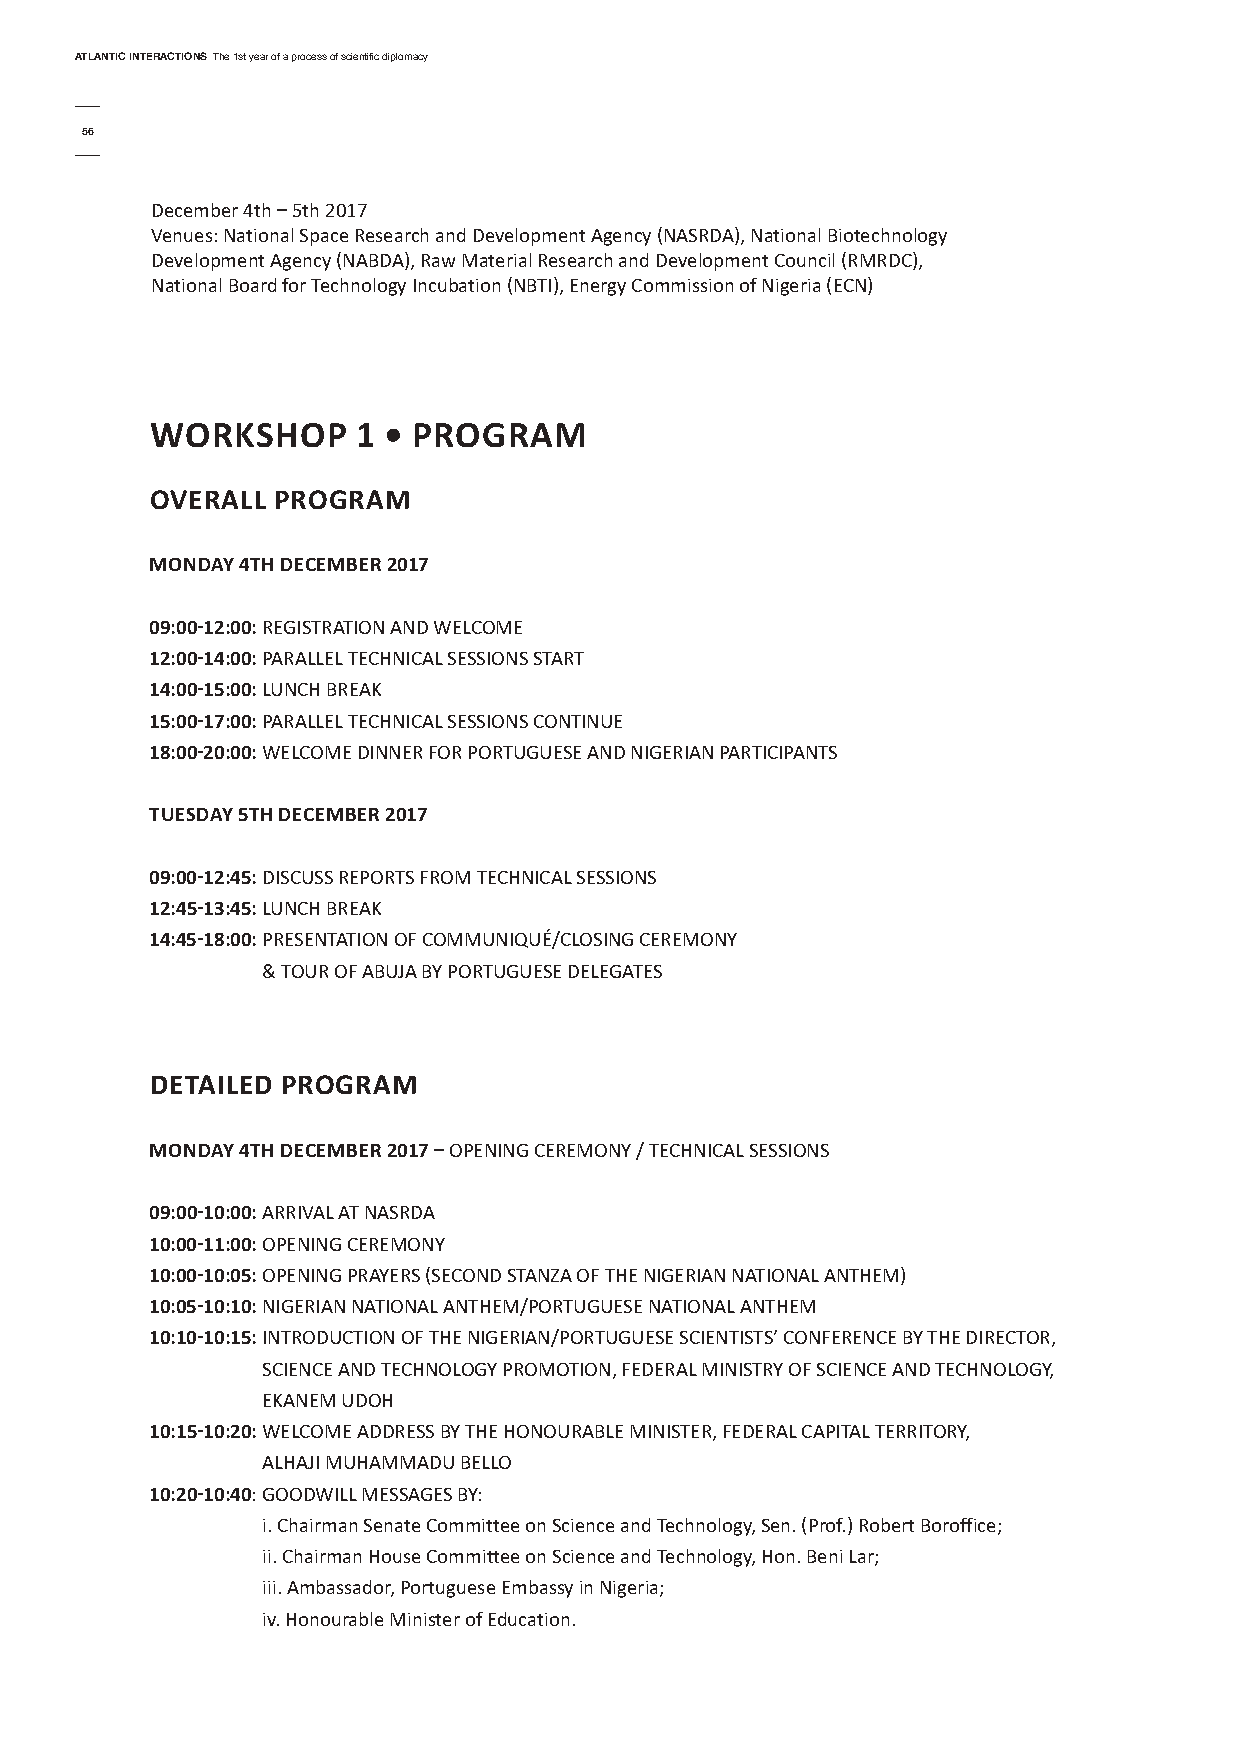
AtlAntic interActionsThe 1st year of a process of scientific diplomacy
 56
 December 4th – 5th 2017
 Venues: National Space Research and Development Agency (NASRDA), National Biotechnology
 Development Agency (NABDA), Raw Material Research and Development Council (RMRDC),
 National Board for Technology Incubation (NBTI), Energy Commission of Nigeria (ECN)
 WorKsHoP      1 • ProGrAM
 oVerALL ProGrAM
 MondAy 4tH deceMber 2017
 09:00-12:00: REGISTRATION AND WELCOME
 12:00-14:00: PARALLEL TECHNICAL SESSIONS START
 14:00-15:00:LUNCH BREAK
 15:00-17:00: PARALLEL TECHNICAL SESSIONS CONTINUE
 18:00-20:00: WELCOME DINNER FOR PORTUGUESE AND NIGERIAN PARTICIPANTS
 tuesdAy 5tH deceMber 2017
 09:00-12:45: DISCUSS REPORTS FROM TECHNICAL SESSIONS
 12:45-13:45:LUNCH BREAK
 14:45-18:00: PRESENTATION OF COMMUNIQUé/CLOSING CEREMONy
 & TOUR OF ABUJA By PORTUGUESE DELEGATES
 detAiLed ProGrAM
 MondAy 4tH deceMber 2017– OPENING CEREMONy / TECHNICAL SESSIONS
 09:00-10:00:ARRIVAL AT NASRDA
 10:00-11:00:OPENING CEREMONy
 10:00-10:05:OPENING PRAyERS (SECOND STANZA OF THE NIGERIAN NATIONAL ANTHEM)
 10:05-10:10:NIGERIAN NATIONAL ANTHEM/PORTUGUESE NATIONAL ANTHEM
 10:10-10:15:INTRODUCTION OF THE NIGERIAN/PORTUGUESE SCIENTISTS’ CONFERENCE By THE DIRECTOR,
 SCIENCE AND TECHNOLOGy PROMOTION, FEDERAL MINISTRy OF SCIENCE AND TECHNOLOGy,
 EKANEM UDOH
 10:15-10:20:WELCOME ADDRESS By THE HONOURABLE MINISTER, FEDERAL CAPITAL TERRITORy,
 ALHAJI MUHAMMADU BELLO
 10:20-10:40: GOODWILL MESSAGES By:
 i. Chairman Senate Committee on Science and Technology, Sen. (Prof.) Robert Boroffice;
 ii. Chairman House Committee on Science and Technology, Hon. Beni Lar;
 iii. Ambassador, Portuguese Embassy in Nigeria;
 iv. Honourable Minister of Education.